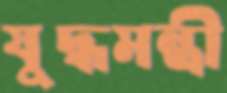
যুদ্ধমন্ত্রী